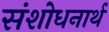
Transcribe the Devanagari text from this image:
संशोधनार्थ